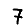
Digit: 7